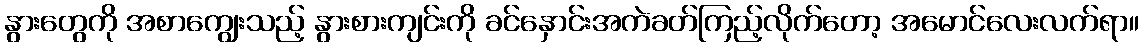
နွားတွေကို အစာကျွေးသည့် နွားစားကျင်းကို ခင်နှောင်းအကဲခတ်ကြည့်လိုက်တော့ အမောင်လေးလက်ရာ။